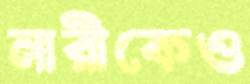
নারীকেও